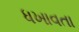
ધખાવતા